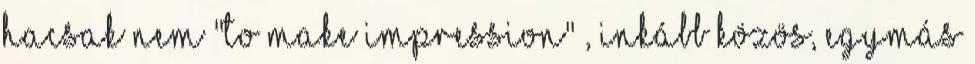
hacsak nem "to make impression" , inkább közös, egymás